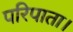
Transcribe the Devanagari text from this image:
परिपाता।